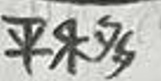
平移